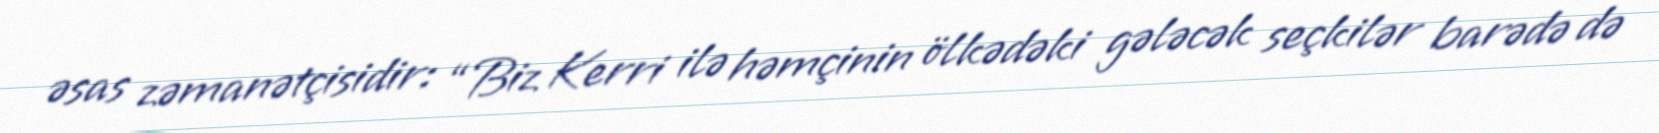
əsas zəmanətçisidir: “Biz Kerri ilə həmçinin ölkədəki gələcək seçkilər barədə də